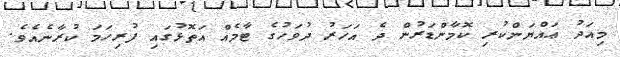
މިއަދު ޢައްޔަންކުރި ކޮމާންޑަރުން ދެ އަހަރު ދުވަހުގެ ޓާމެއް އަތޮޅުގައި ފުރިހަމަ ކުރާނެއެވެ.